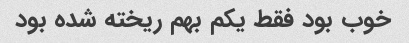
خوب بود فقط یکم بهم ریخته شده بود